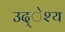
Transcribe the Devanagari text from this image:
उद्ेश्य